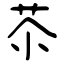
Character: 苶